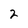
Character: 2